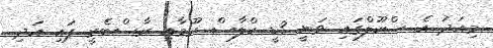
މިއަދު އެ ސްކޫލްގައި ވަނީ 3ޑީ ކްލާސް ރޫމާއި ރާސްބެރީ ޕައި އަދި